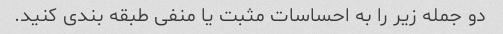
دو جمله زیر را به احساسات مثبت یا منفی طبقه بندی کنید.